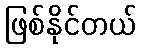
ဖြစ်နိုင်တယ်